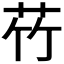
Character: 𫇸